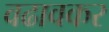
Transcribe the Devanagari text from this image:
वढावकर